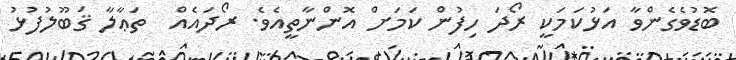
ބޮޑުވެގެންވާ އަޅުކަމަކީ ރޯދަ ހިފުން ކަމަށް އޮންނާތީއެވެ. ރޯދައެއް  ތަޢާލާ ޤަބޫލުފުޅު